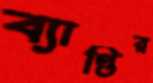
ব্যাপ্তির